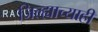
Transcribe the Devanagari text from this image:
जिल्ह्याच्याही